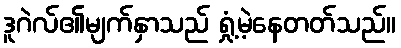
ဒူဂဲလ်၏မျက်နှာသည် ရှုံ့မဲ့နေတတ်သည်။